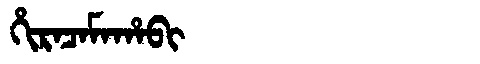
Manchu: ᡥᡳᡵᠠᠴᠠᠮᠠᡥᠠᠪᡳ
Romanization: HIRACAMAHABI